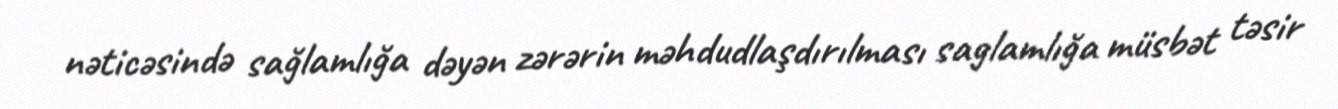
nəticəsində sağlamlığa dəyən zərərin məhdudlaşdırılması saglamlığa müsbət təsir